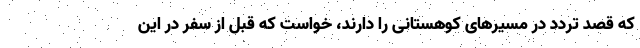
که قصد تردد در مسیرهای کوهستانی را دارند، خواست که قبل از سفر در این